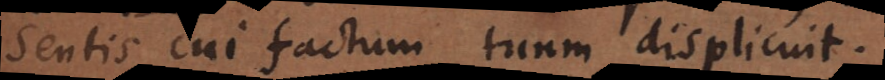
sentis cui factum tuum displicuit.